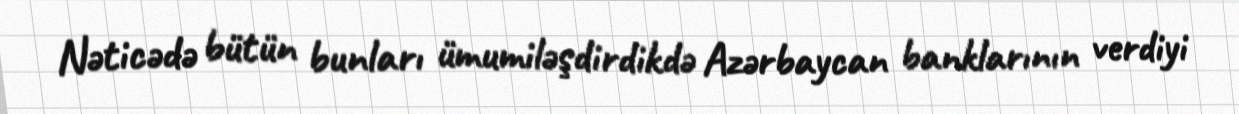
Nəticədə bütün bunları ümumiləşdirdikdə Azərbaycan banklarının verdiyi